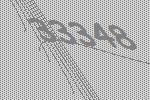
33348